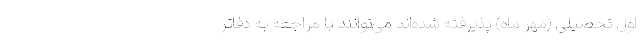
اول تحصیلی (مهر ماه) پذیرفته شده‌اند می‌توانند با مراجعه به دفاتر